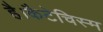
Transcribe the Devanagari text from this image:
है।कैटेचिस्म